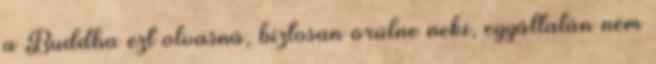
a Buddha ezt olvasná, biztosan örülne neki, egyáltalán nem